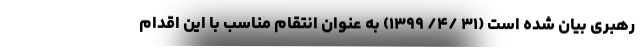
رهبری بیان شده است (۳۱ /۴/ ۱۳۹۹) به عنوان انتقام مناسب با این اقدام